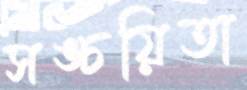
সঙ্চয়িতা